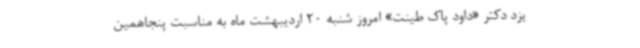
یزد دکتر «داود پاک طینت» امروز شنبه 20 اردیبهشت ماه به مناسبت پنجاهمین